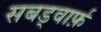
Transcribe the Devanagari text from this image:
सबड्वार्फ़